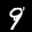
Label: 9